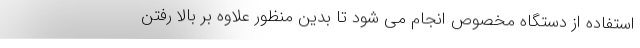
استفاده از دستگاه مخصوص انجام می شود تا بدین منظور علاوه بر بالا رفتن